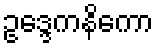
ဥဒ္ဒေကနိကော